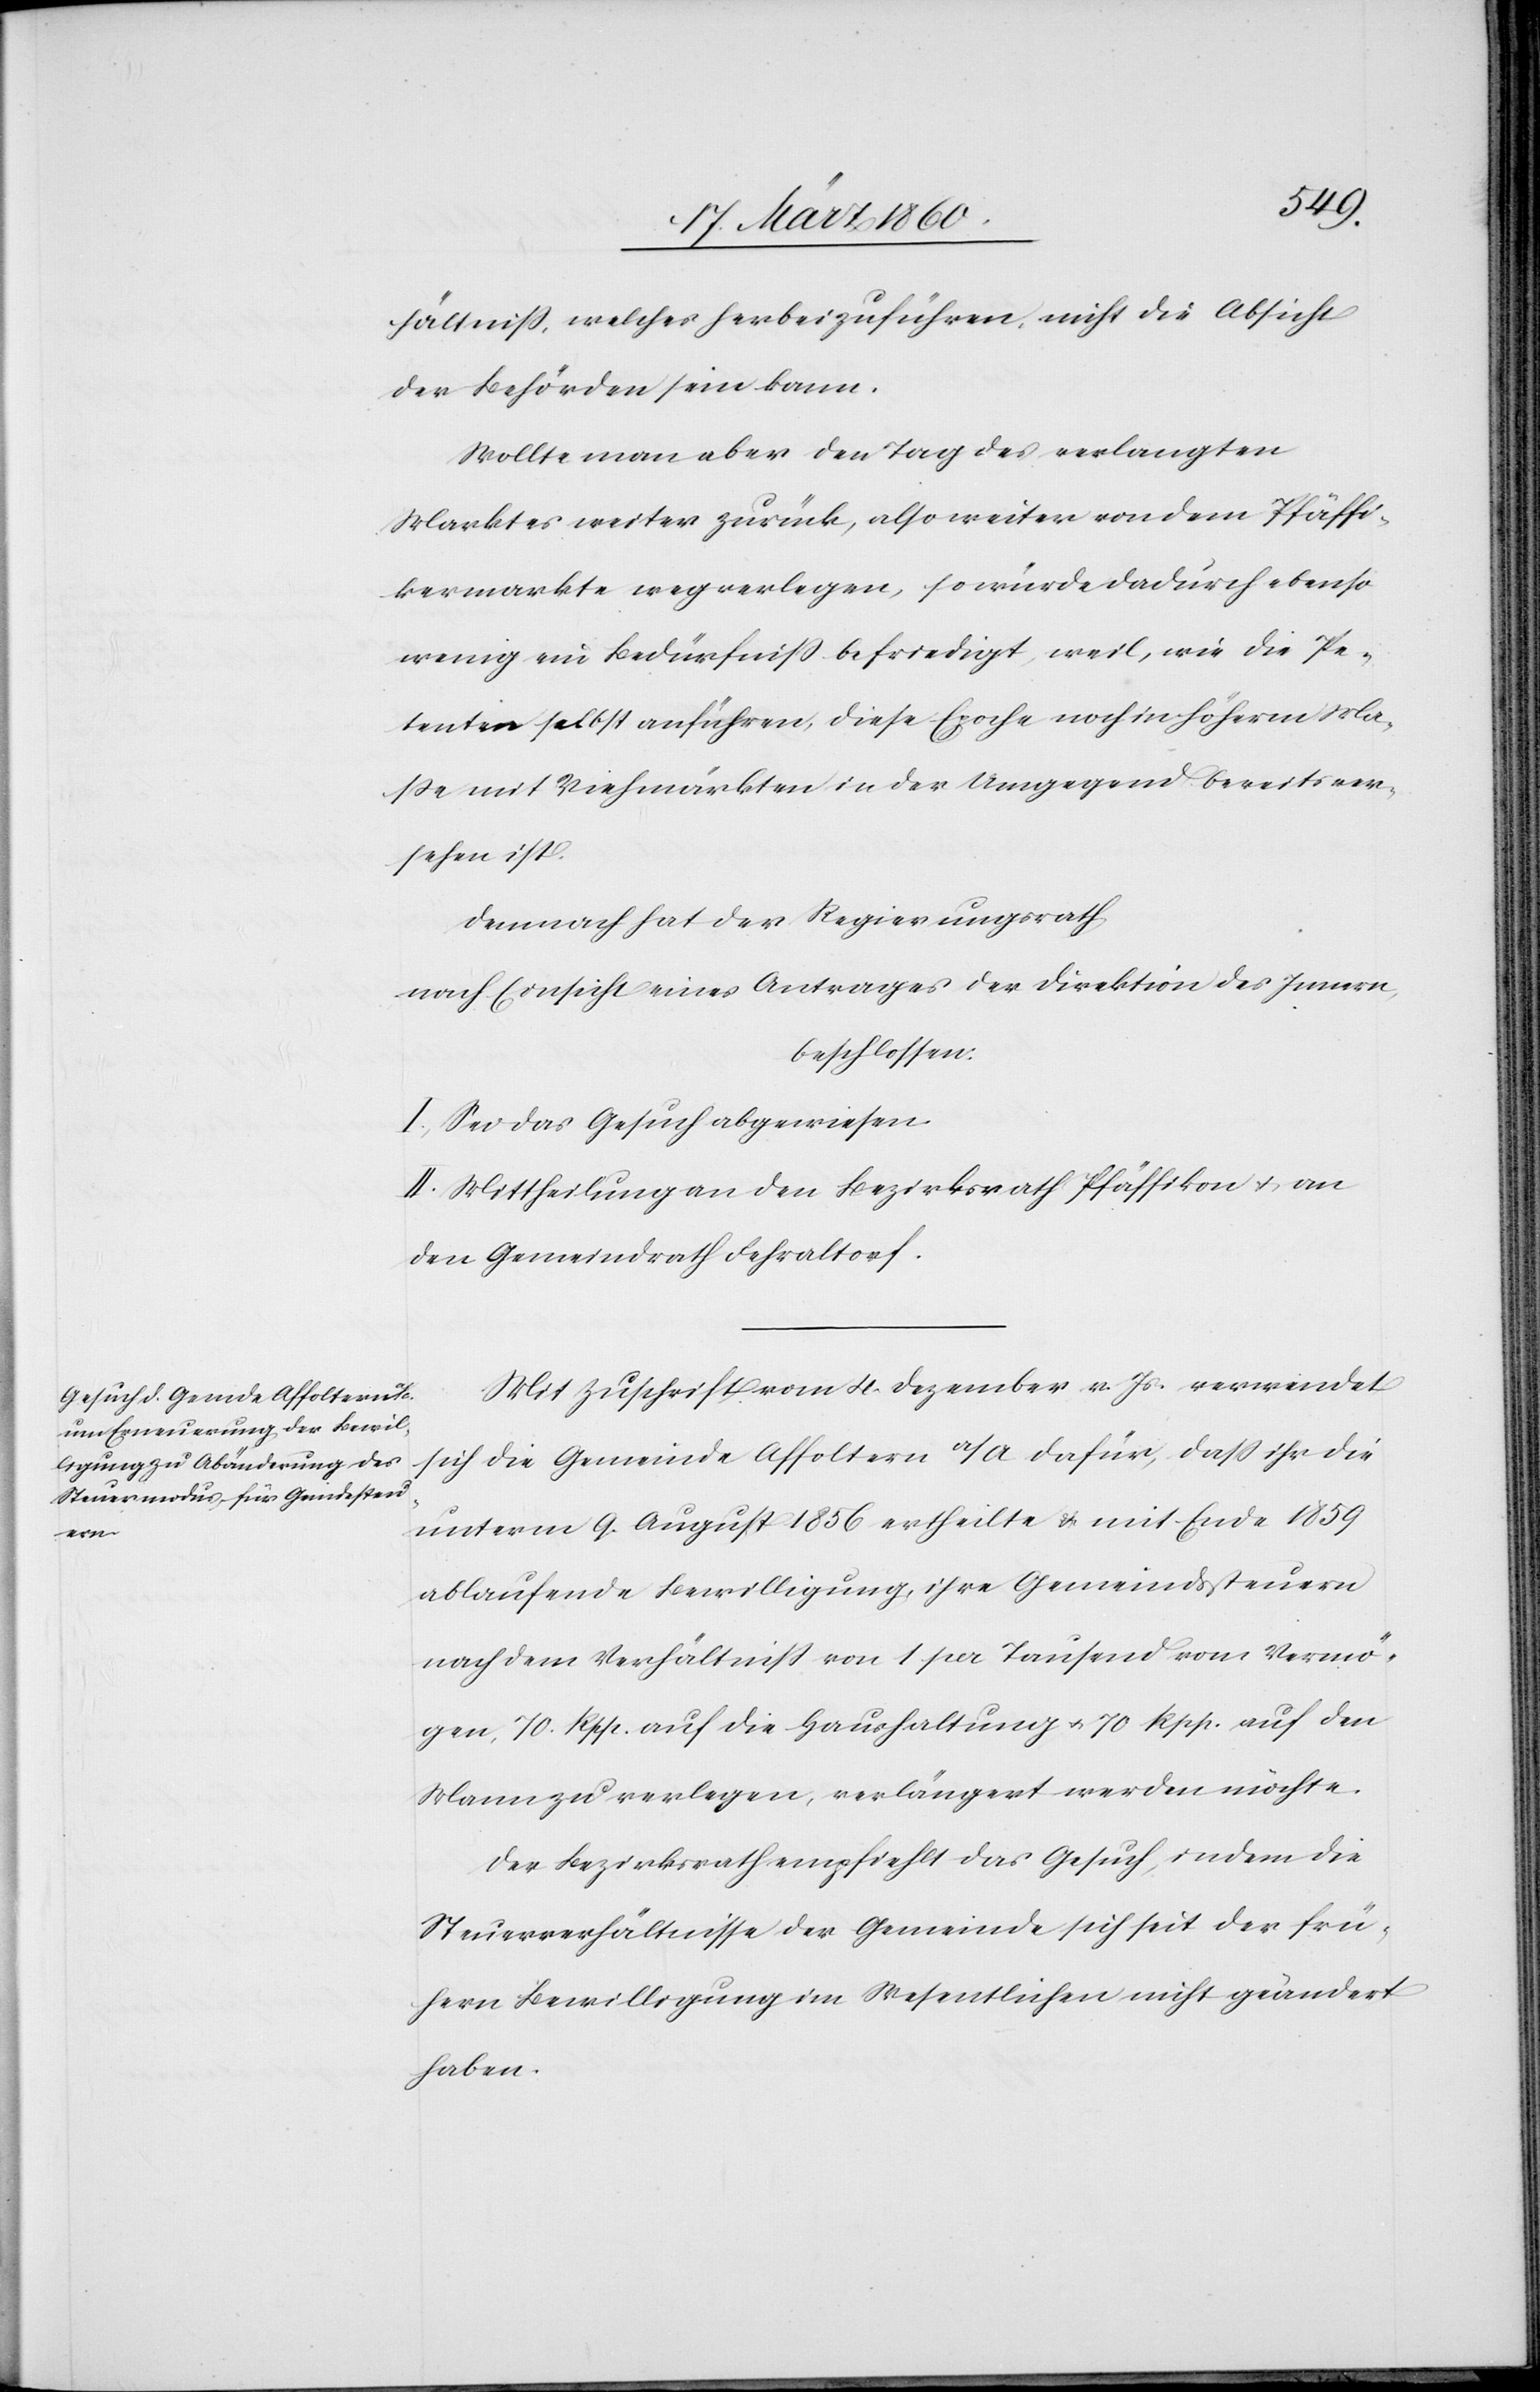
hältniss, welches herbeizuführen, nicht die Absicht
der Behörden sein kann.
Wollte man aber den Tag des verlangten
Marktes weiter zurück, also weiter von dem Pfäffi¬
kermarkte wegverlegen, so würde dadurch ebenso
wenig ein Bedürfniss befriedigt, weil, wie die Pe¬
tenten selbst anführen, diese Epoche noch in höherm Ma¬
sse mit Viehmärkten in der Umgegend bereits ver¬
sehen ist.
Demnach hat der Regierungsrath
nach Einsicht eines Antrage der Direktion des Innern,
beschlossen:
I. Sei das Gesuch abgewiesen.
II. Mittheilung an den Bezirksrath Pfäffikon u. an
den Gemeindrath Fehraltorf.
Mit Zuschrift vom 4. Dezember v. Js. verwendet
sich die Gemeinde Affoltern a/A. dafür, dass ihr die
unterm 9. August 1856 ertheilte u. mit Ende 1859
ablaufende Bewilligung, ihre Gemeindssteuern
nach dem Verhältniss von 1 pr. Tausend vom Vermö¬
gen, 70. Rpp. auf die Haushaltung u. 70 Rpp. auf den
Mann zu verlegen, verlängert werden möchte.
Der Bezirksrath empfiehlt das Gesuch, indem die
Steuerverhältnisse der Gemeinde sich seit der frü¬
hern Bewilligung im Wesentlichen nicht geändert
haben.